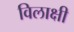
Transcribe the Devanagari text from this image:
विलाक्षी